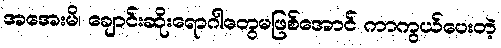
အအေးမိ၊ ချောင်းဆိုးရောဂါတွေမဖြစ်အောင် ကာကွယ်ပေးတဲ့